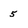
Character: 5